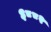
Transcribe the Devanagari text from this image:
३८८२